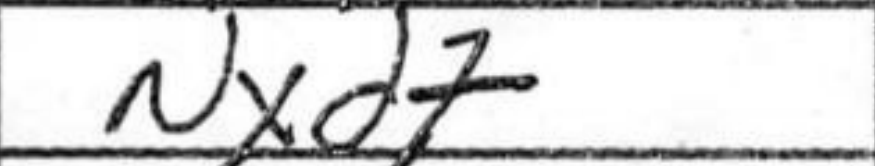
Transcription: Nxd7